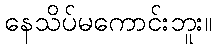
နေသိပ်မကောင်းဘူး။